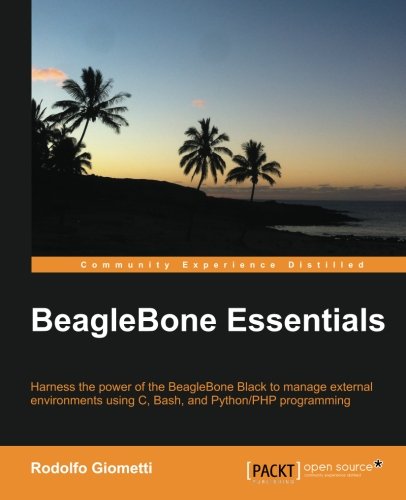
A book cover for BeagleBone Essentials; Rodolfo Giometti; Computers & Technology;